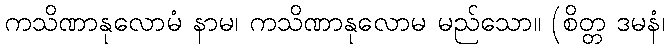
ကသိဏာနုလောမံ နာမ၊ ကသိဏာနုလောမ မည်သော။ (စိတ္တ ဒမနံ၊